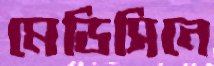
মেডিসিনে